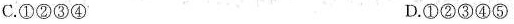
C.①②③④ D.①②③④⑤1